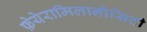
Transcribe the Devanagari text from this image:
फ़ेयेरामिलानोसिटी